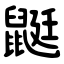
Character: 鼮